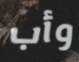
وأب